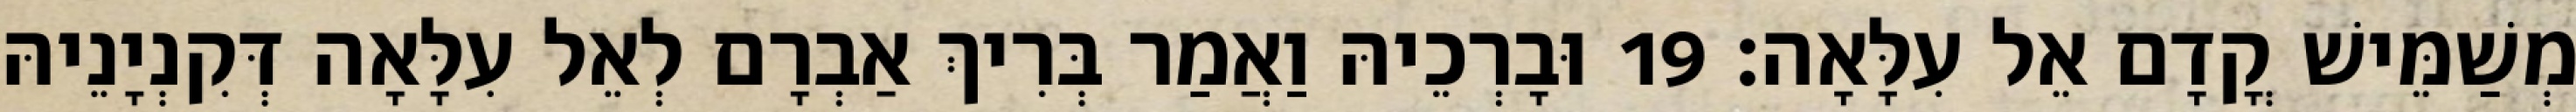
מְשַׁמֵּישׁ קֳדָם אֵל עִלָּאָה׃ 19 וּבָרְכֵיהּ וַאֲמַר בְּרִיךְ אַבְרָם לְאֵל עִלָּאָה דְּקִנְיָנֵיהּ